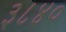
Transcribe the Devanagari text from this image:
३८४०